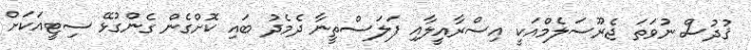
ޤުދުސް ނުވަތަ ޖެރޫސަލެމްއަކީ އިސްރާއީލާއި ފަލަސްތީނާ ދެމެދު ބައި ކޮށްގެން ގެންގުޅޭ ސިޓީއަަކަށް